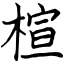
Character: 楦